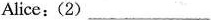
Alice:(2)___